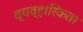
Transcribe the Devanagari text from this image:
व्यव्हारिकता